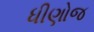
ધીણોજ